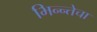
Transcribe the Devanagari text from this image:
भिन्न्तेचा